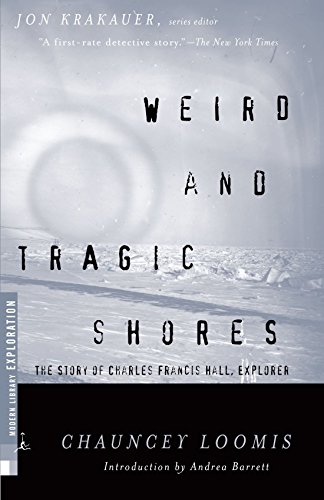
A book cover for Weird and Tragic Shores: The Story of Charles Francis Hall, Explorer (Modern Library Exploration); Chauncey Loomis; History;